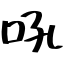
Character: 吼